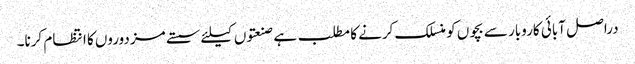
دراصل آبائی کاروبار سے بچوں کو منسلک کرنے کا مطلب ہے صنعتوں کیلئے سستے مزدوروں کا انتظام کرنا۔